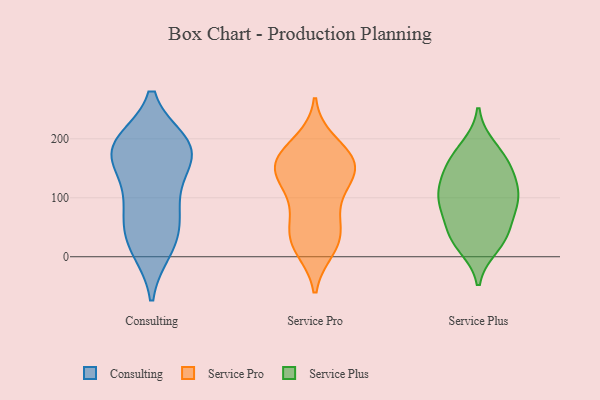
{"axis": {"x": "Customer Acquisition Cost (USD)", "y": "Value"}, "legend": ["Consulting", "Service Plus", "Service Pro"], "data": [{"x": "", "y": 17, "type": "Consulting"}, {"x": "", "y": 33, "type": "Consulting"}, {"x": "", "y": 183, "type": "Consulting"}, {"x": "", "y": 126, "type": "Consulting"}, {"x": "", "y": 60, "type": "Consulting"}, {"x": "", "y": 167, "type": "Consulting"}, {"x": "", "y": 82, "type": "Consulting"}, {"x": "", "y": 13, "type": "Consulting"}, {"x": "", "y": 161, "type": "Consulting"}, {"x": "", "y": 193, "type": "Consulting"}, {"x": "", "y": 187, "type": "Consulting"}, {"x": "", "y": 185, "type": "Consulting"}, {"x": "", "y": 86, "type": "Consulting"}, {"x": "", "y": 193, "type": "Consulting"}, {"x": "", "y": 160, "type": "Service Pro"}, {"x": "", "y": 23, "type": "Service Pro"}, {"x": "", "y": 140, "type": "Service Pro"}, {"x": "", "y": 159, "type": "Service Pro"}, {"x": "", "y": 32, "type": "Service Pro"}, {"x": "", "y": 15, "type": "Service Pro"}, {"x": "", "y": 193, "type": "Service Pro"}, {"x": "", "y": 35, "type": "Service Pro"}, {"x": "", "y": 154, "type": "Service Pro"}, {"x": "", "y": 63, "type": "Service Pro"}, {"x": "", "y": 174, "type": "Service Pro"}, {"x": "", "y": 160, "type": "Service Pro"}, {"x": "", "y": 134, "type": "Service Pro"}, {"x": "", "y": 118, "type": "Service Pro"}, {"x": "", "y": 87, "type": "Service Pro"}, {"x": "", "y": 155, "type": "Service Plus"}, {"x": "", "y": 147, "type": "Service Plus"}, {"x": "", "y": 91, "type": "Service Plus"}, {"x": "", "y": 34, "type": "Service Plus"}, {"x": "", "y": 34, "type": "Service Plus"}, {"x": "", "y": 131, "type": "Service Plus"}, {"x": "", "y": 185, "type": "Service Plus"}, {"x": "", "y": 19, "type": "Service Plus"}, {"x": "", "y": 101, "type": "Service Plus"}, {"x": "", "y": 88, "type": "Service Plus"}, {"x": "", "y": 110, "type": "Service Plus"}, {"x": "", "y": 169, "type": "Service Plus"}, {"x": "", "y": 89, "type": "Service Plus"}, {"x": "", "y": 42, "type": "Service Plus"}]}